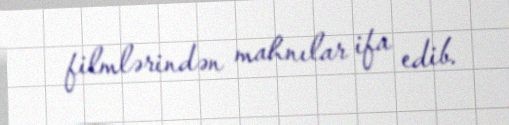
filmlərindən mahnılar ifa edib.